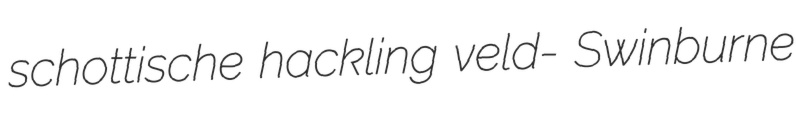
schottische hackling veld- Swinburne